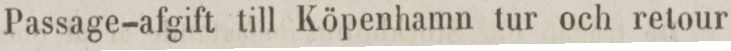
Passage-afgift till Köpenhamn tur och retour